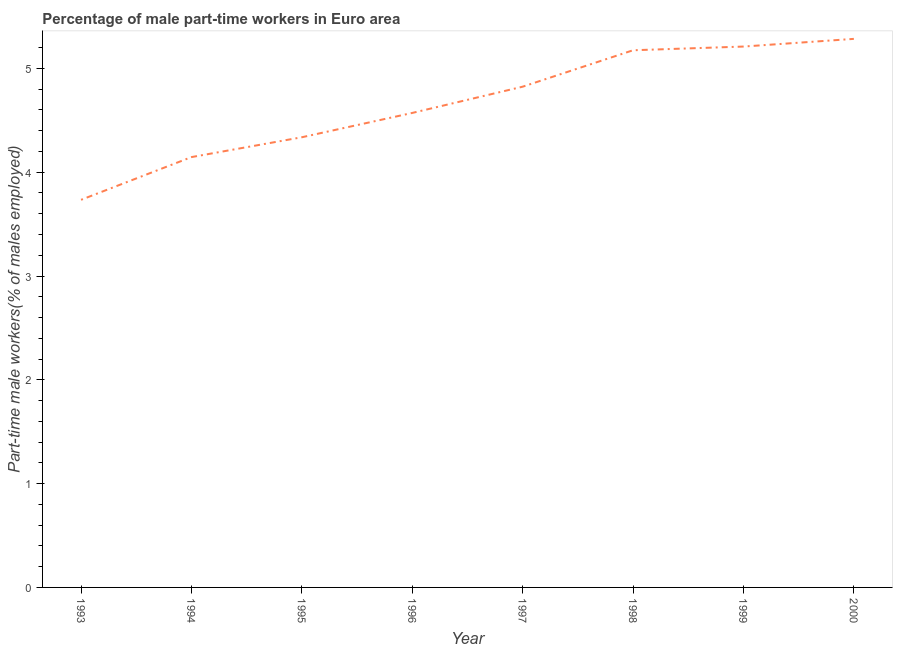
| Year | Part time employment |
 | --- | --- |
 | 1993 | 3.73 |
 | 1994 | 4.15 |
 | 1995 | 4.34 |
 | 1996 | 4.57 |
 | 1997 | 4.82 |
 | 1998 | 5.17 |
 | 1999 | 5.21 |
 | 2000 | 5.28 |